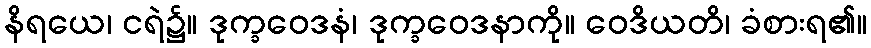
နိရယေ၊ ငရဲ၌။ ဒုက္ခဝေဒနံ၊ ဒုက္ခဝေဒနာကို။ ဝေဒိယတိ၊ ခံစားရ၏။